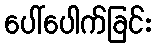
ပေါ်ပေါက်ခြင်း